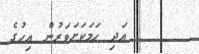
އަދި ހަމަކަށަވަރުން އިހުގެ